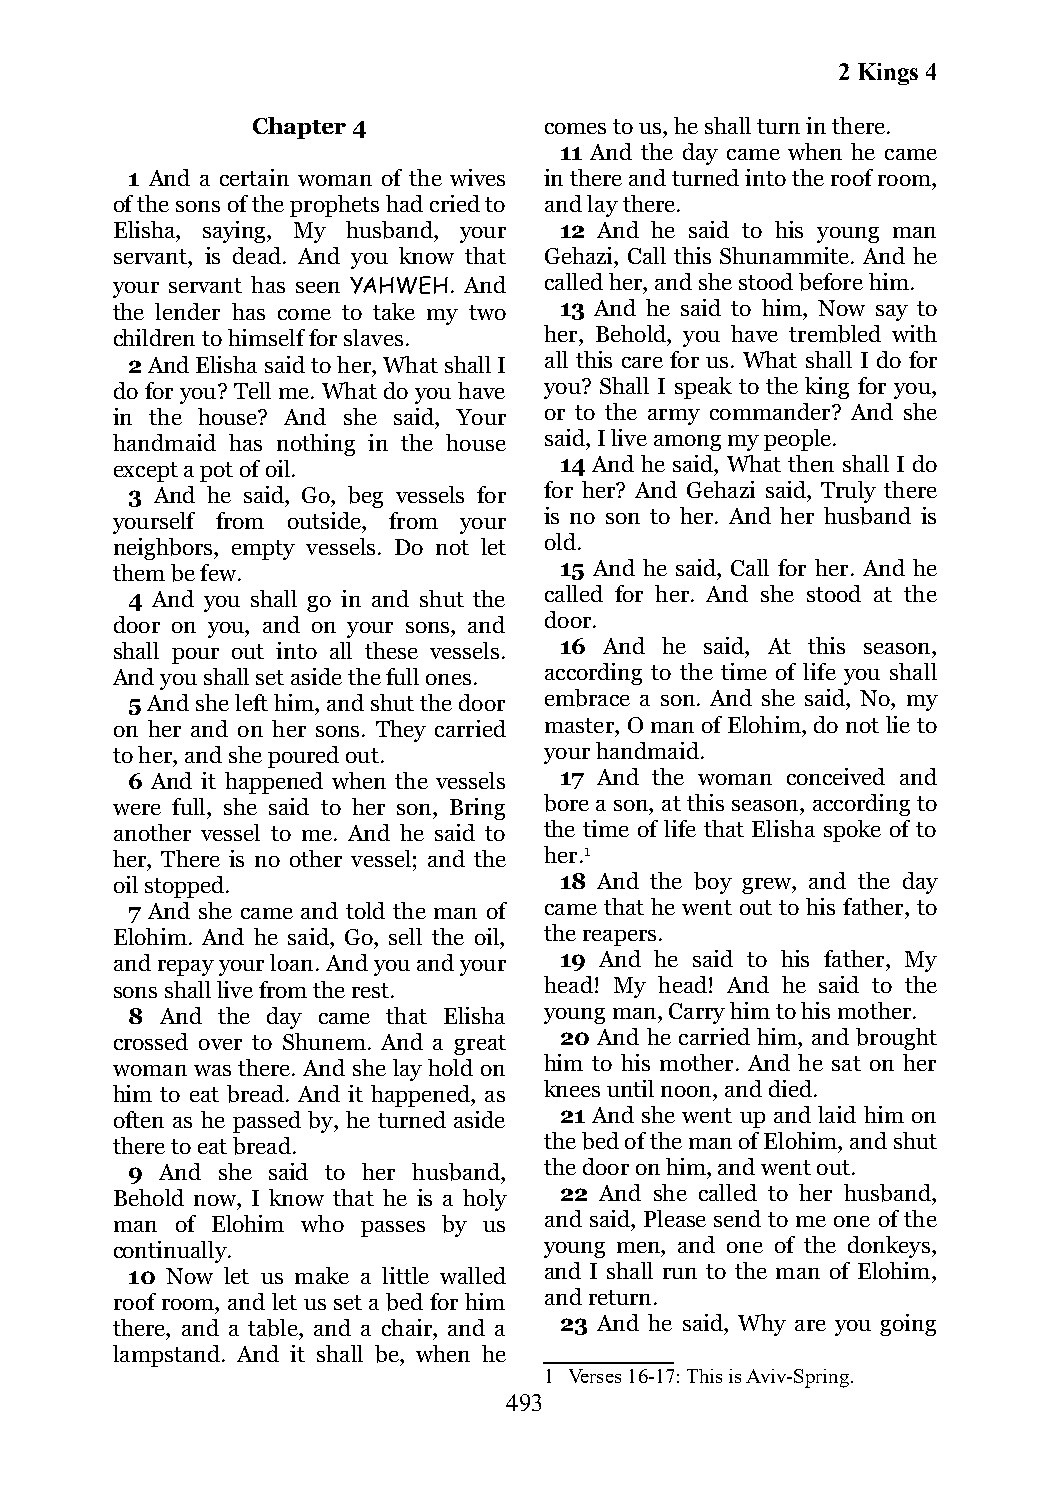
2 Kings 4
 Chapter 4          comes to us, he shall turn in there.
 11 And the day came when he came
 1 And a certain woman of the wives in there and turned into the roof room,
 of the sons of the prophets had cried to and lay there.
 Elisha, saying, My husband, your 12 And he said to his young man
 servant, is dead. And you know that Gehazi, Call this Shunammite. And he
 your servant has seen YAHWEH. And called her, and she stood before him.
 the lender has come to take my two 13 And he said to him, Now say to
 children to himself for slaves. her, Behold, you have trembled with
 2 And Elisha said to her, What shall I all this care for us. What shall I do for
 do for you? Tell me. What do you have you? Shall I speak to the king for you,
 in the house? And she said, Your or to the army commander? And she
 handmaid has nothing in the house said, I live among my people.
 except a pot of oil.          14 And he said, What then shall I do
 3 And he said, Go, beg vessels for for her? And Gehazi said, Truly there
 yourself from outside, from your is no son to her. And her husband is
 neighbors, empty vessels. Do not let old.
 them be few.                  15 And he said, Call for her. And he
 4 And you shall go in and shut the called for her. And she stood at the
 door on you, and on your sons, and door.
 shall pour out into all these vessels. 16 And he said, At this season,
 And you shall set aside the full ones. according to the time of life you shall
 5 And she left him, and shut the door embrace a son. And she said, No, my
 on her and on her sons. They carried master, O man of Elohim, do not lie to
 to her, and she poured out.  your handmaid.
 6 And it happened when the vessels 17 And the woman conceived and
 were full, she said to her son, Bring bore a son, at this season, according to
 another vessel to me. And he said to the time of life that Elisha spoke of to
 her, There is no other vessel; and the her.1
 oil stopped.                  18 And the boy grew, and the day
 7 And she came and told the man of came that he went out to his father, to
 Elohim. And he said, Go, sell the oil, the reapers.
 and repay your loan. And you and your 19 And he said to his father, My
 sons shall live from the rest. head! My head! And he said to the
 8  And the day came that Elisha young man, Carry him to his mother.
 crossed over to Shunem. And a great 20 And he carried him, and brought
 woman was there. And she lay hold on him to his mother. And he sat on her
 him to eat bread. And it happened, as knees until noon, and died.
 often as he passed by, he turned aside 21 And she went up and laid him on
 there to eat bread.          the bed of the man of Elohim, and shut
 9  And she said to her husband, the door on him, and went out.
 Behold now, I know that he is a holy 22 And she called to her husband,
 man  of Elohim who passes by us and said, Please send to me one of the
 continually.                 young men, and one of the donkeys,
 10 Now let us make a little walled and I shall run to the man of Elohim,
 roof room, and let us set a bed for him and return.
 there, and a table, and a chair, and a 23 And he said, Why are you going
 lampstand. And it shall be, when he
 1 Verses 16-17: This is Aviv-Spring.
 493